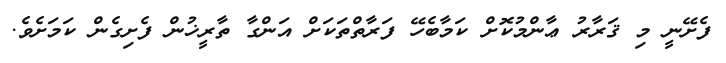
ފެށޭނީ މި ޤަރާރު ޢާންމުކޮށް ކަމާބެހޭ ފަރާތްތަކަށް އަންގާ ތާރީޚުން ފެށިގެން ކަމަށެވެ.